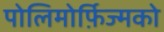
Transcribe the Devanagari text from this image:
पोलिमोर्फ़िज्मको